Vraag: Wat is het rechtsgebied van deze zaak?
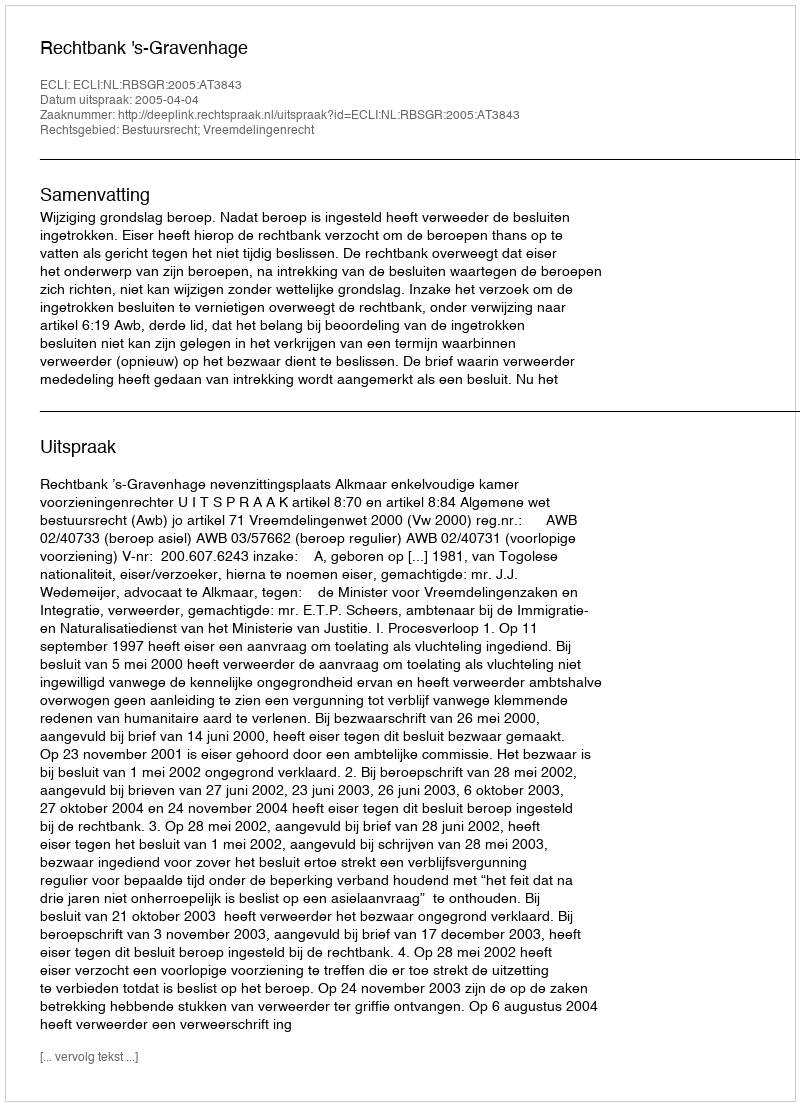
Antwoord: Bestuursrecht; Vreemdelingenrecht